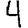
Digit: 4